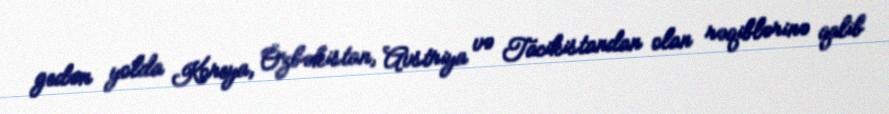
gedən yolda Koreya, Özbəkistan, Avstriya və Tacikistandan olan rəqiblərinə qalib